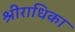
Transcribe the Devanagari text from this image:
श्रीराधिका